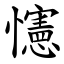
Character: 㦥